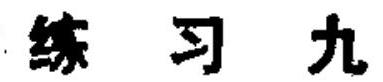
练习九